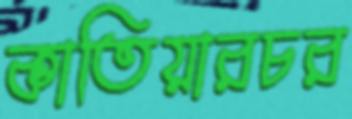
কাতিয়ারচর